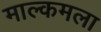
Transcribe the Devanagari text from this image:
माल्कमला